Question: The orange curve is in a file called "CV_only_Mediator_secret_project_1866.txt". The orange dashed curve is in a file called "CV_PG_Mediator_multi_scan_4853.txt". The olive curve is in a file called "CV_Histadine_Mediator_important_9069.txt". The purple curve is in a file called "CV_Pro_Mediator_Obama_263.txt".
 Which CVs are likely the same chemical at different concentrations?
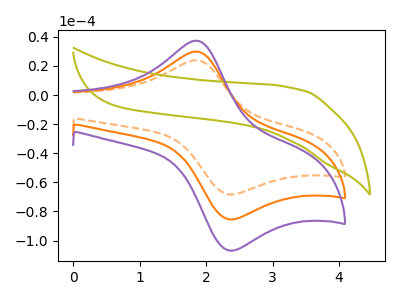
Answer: <think>The orange curve "Mediator + only" has an anodic peak at (1.85V, 29.85uA) and a cathodic peak at (2.35V, -85.30uA). The orange dashed curve "Mediator + PG" has an anodic peak at (1.85V, 23.90uA) and a cathodic peak at (2.35V, -68.20uA). The olive curve "Mediator + Histadine" has no peaks. The purple curve "Mediator + Pro" has an anodic peak at (1.85V, 59.75uA) and a cathodic peak at (2.35V, -170.65uA).
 All the peaks in "Mediator + only" have a peak in "Mediator + PG" at the same potential. Every peak in "Mediator + only" is higher than every peak in "Mediator + PG". "Mediator + only" and "Mediator + Histadine" have a different number of peaks. All the peaks in "Mediator + only" have a peak in "Mediator + Pro" at the same potential. Every peak in "Mediator + only" is lower than every peak in "Mediator + Pro". "Mediator + PG" and "Mediator + Histadine" have a different number of peaks. All the peaks in "Mediator + PG" have a peak in "Mediator + Pro" at the same potential. Every peak in "Mediator + PG" is lower than every peak in "Mediator + Pro". "Mediator + Histadine" and "Mediator + Pro" have a different number of peaks.</think>
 <answer>"Mediator + PG", "Mediator + only" and "Mediator + Pro" have the same shape and are likely CV's of the same chemical.</answer>
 <eval>"Mediator + PG" "Mediator + only" "Mediator + Pro"</eval>